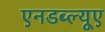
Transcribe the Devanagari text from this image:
एनडब्ल्यूए